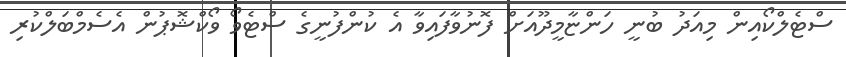
ސްޓެލްކޯއިން މިއަދު ބުނީ ހަންޏާމީދޫއަށް ފޮނުވާފައިވާ އެ ކުންފުނީގެ ސްޓެވޯ ވޯކްޝޮޕުން އެސެމްބަލްކުރި